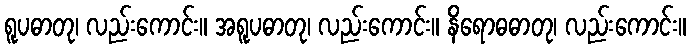
ရူပဓာတု၊ လည်းကောင်း။ အရူပဓာတု၊ လည်းကောင်း။ နိရောဓဓာတု၊ လည်းကောင်း။